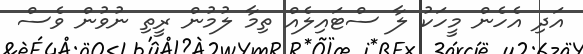
އަދި އެހެން މީހަކު ލާ ސްޓައިލެއް ތިމާ ލުމުން ރީތި ނުވުން ވެސް